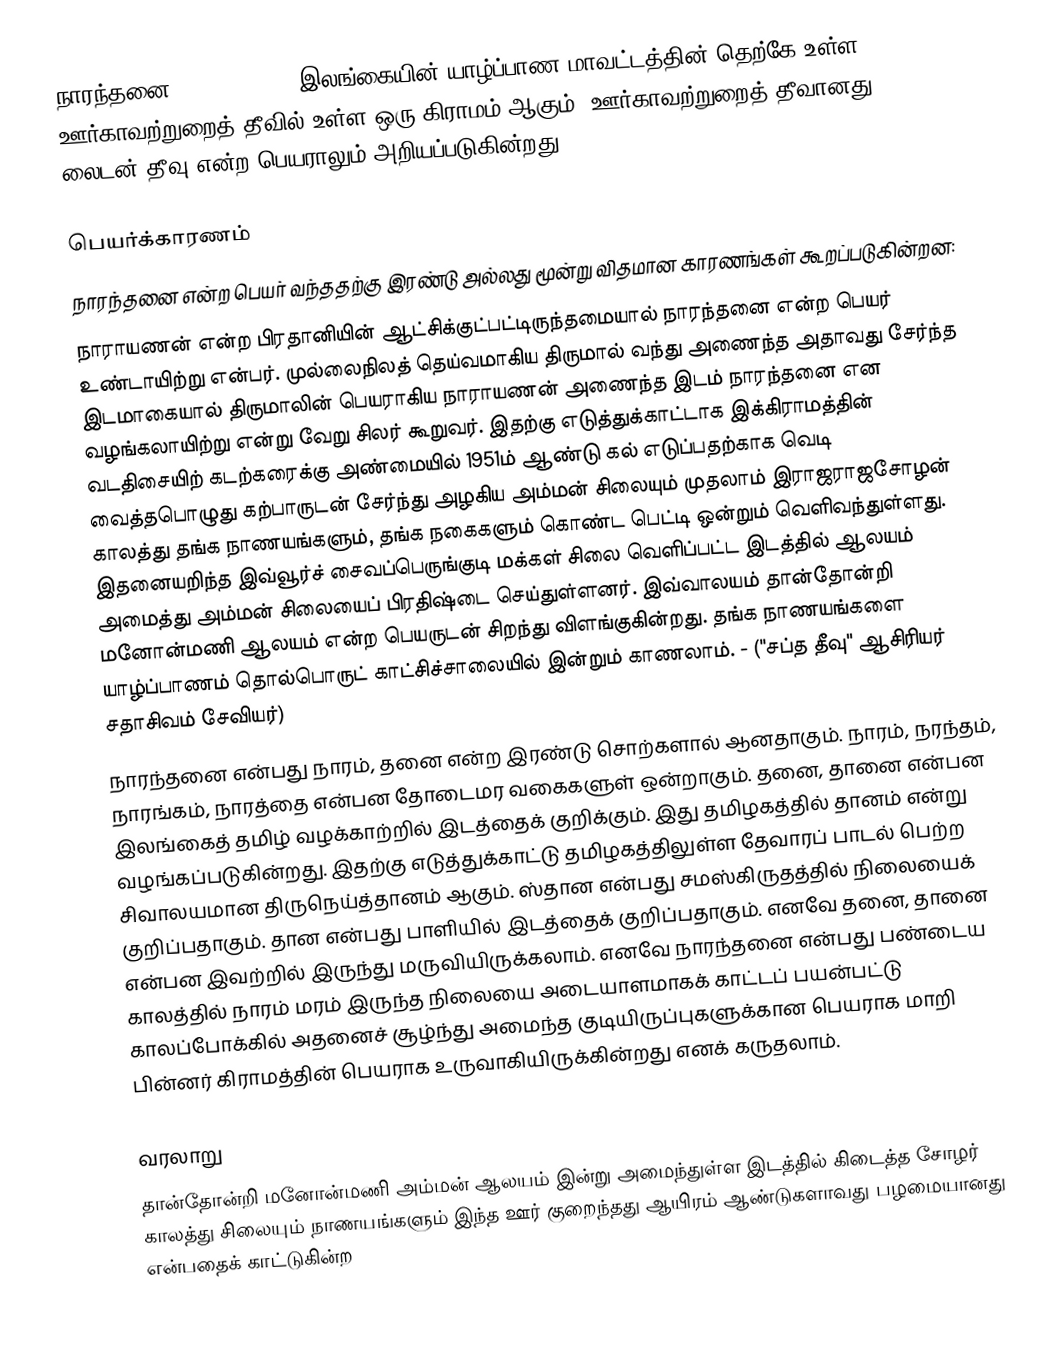
நாரந்தனை (Naranthanai)  இலங்கையின் யாழ்ப்பாண மாவட்டத்தின் தெற்கே உள்ள ஊர்காவற்றுறைத் தீவில் உள்ள ஒரு கிராமம் ஆகும். ஊர்காவற்றுறைத் தீவானது லைடன் தீவு என்ற பெயராலும் அறியப்படுகின்றது.

பெயர்க்காரணம்
நாரந்தனை என்ற பெயர் வந்ததற்கு இரண்டு அல்லது மூன்று விதமான காரணங்கள் கூறப்படுகின்றன:
 நாராயணன் என்ற பிரதானியின் ஆட்சிக்குட்பட்டிருந்தமையால் நாரந்தனை என்ற பெயர் உண்டாயிற்று என்பர். முல்லைநிலத் தெய்வமாகிய திருமால் வந்து அணைந்த அதாவது சேர்ந்த இடமாகையால் திருமாலின் பெயராகிய நாராயணன் அணைந்த இடம் நாரந்தனை என வழங்கலாயிற்று என்று வேறு சிலர் கூறுவர். இதற்கு எடுத்துக்காட்டாக இக்கிராமத்தின் வடதிசையிற் கடற்கரைக்கு அண்மையில் 1951ம் ஆண்டு கல் எடுப்பதற்காக வெடி வைத்தபொழுது கற்பாருடன் சேர்ந்து அழகிய அம்மன் சிலையும் முதலாம் இராஜராஜசோழன் காலத்து தங்க நாணயங்களும், தங்க நகைகளும் கொண்ட பெட்டி ஒன்றும்  வெளிவந்துள்ளது. இதனையறிந்த இவ்வூர்ச் சைவப்பெருங்குடி மக்கள் சிலை வெளிப்பட்ட இடத்தில் ஆலயம் அமைத்து அம்மன் சிலையைப் பிரதிஷ்டை செய்துள்ளனர். இவ்வாலயம் தான்தோன்றி மனோன்மணி ஆலயம் என்ற பெயருடன் சிறந்து விளங்குகின்றது. தங்க நாணயங்களை யாழ்ப்பாணம் தொல்பொருட் காட்சிச்சாலையில் இன்றும் காணலாம். - ("சப்த தீவு" ஆசிரியர் சதாசிவம் சேவியர்)
 நாரந்தனை என்பது நாரம், தனை என்ற இரண்டு சொற்களால் ஆனதாகும். நாரம், நரந்தம், நாரங்கம், நாரத்தை என்பன தோடைமர வகைகளுள் ஒன்றாகும். தனை, தானை என்பன இலங்கைத் தமிழ் வழக்காற்றில் இடத்தைக் குறிக்கும். இது தமிழகத்தில் தானம் என்று வழங்கப்படுகின்றது. இதற்கு எடுத்துக்காட்டு தமிழகத்திலுள்ள தேவாரப் பாடல் பெற்ற சிவாலயமான திருநெய்த்தானம் ஆகும். ஸ்தான என்பது சமஸ்கிருதத்தில் நிலையைக் குறிப்பதாகும். தான என்பது பாளியில் இடத்தைக் குறிப்பதாகும். எனவே தனை, தானை என்பன இவற்றில் இருந்து மருவியிருக்கலாம். எனவே நாரந்தனை என்பது பண்டைய காலத்தில் நாரம் மரம் இருந்த நிலையை அடையாளமாகக் காட்டப் பயன்பட்டு காலப்போக்கில் அதனைச் சூழ்ந்து அமைந்த குடியிருப்புகளுக்கான பெயராக மாறி பின்னர் கிராமத்தின் பெயராக உருவாகியிருக்கின்றது எனக் கருதலாம்.

வரலாறு
தான்தோன்றி மனோன்மணி அம்மன் ஆலயம் இன்று அமைந்துள்ள இடத்தில் கிடைத்த சோழர் காலத்து சிலையும் நாணயங்களும் இந்த ஊர் குறைந்தது ஆயிரம் ஆண்டுகளாவது பழமையானது என்பதைக் காட்டுகின்ற